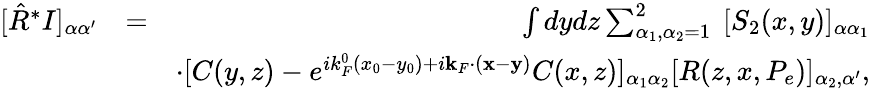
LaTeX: \begin{array}{rlr}{[\hat{R}^{*}I]_{\alpha\alpha^{\prime}}}&{=}&{\int dydz\sum_{\alpha_{1},\alpha_{2}=1}^{2}\ [S_{2}(x,y)]_{\alpha\alpha_{1}}}\\ &{}&{\cdot[C(y,z)-e^{ik_{F}^{0}(x_{0}-y_{0})+i{\mathbf k}_{F}\cdot({\mathbf x}-{\mathbf y})}C(x,z)]_{\alpha_{1}\alpha_{2}}[R(z,x,P_{e})]_{\alpha_{2},\alpha^{\prime}},}\end{array}